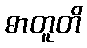
ဓာတူတိ